Tartu_linnavalitsus, lk 113
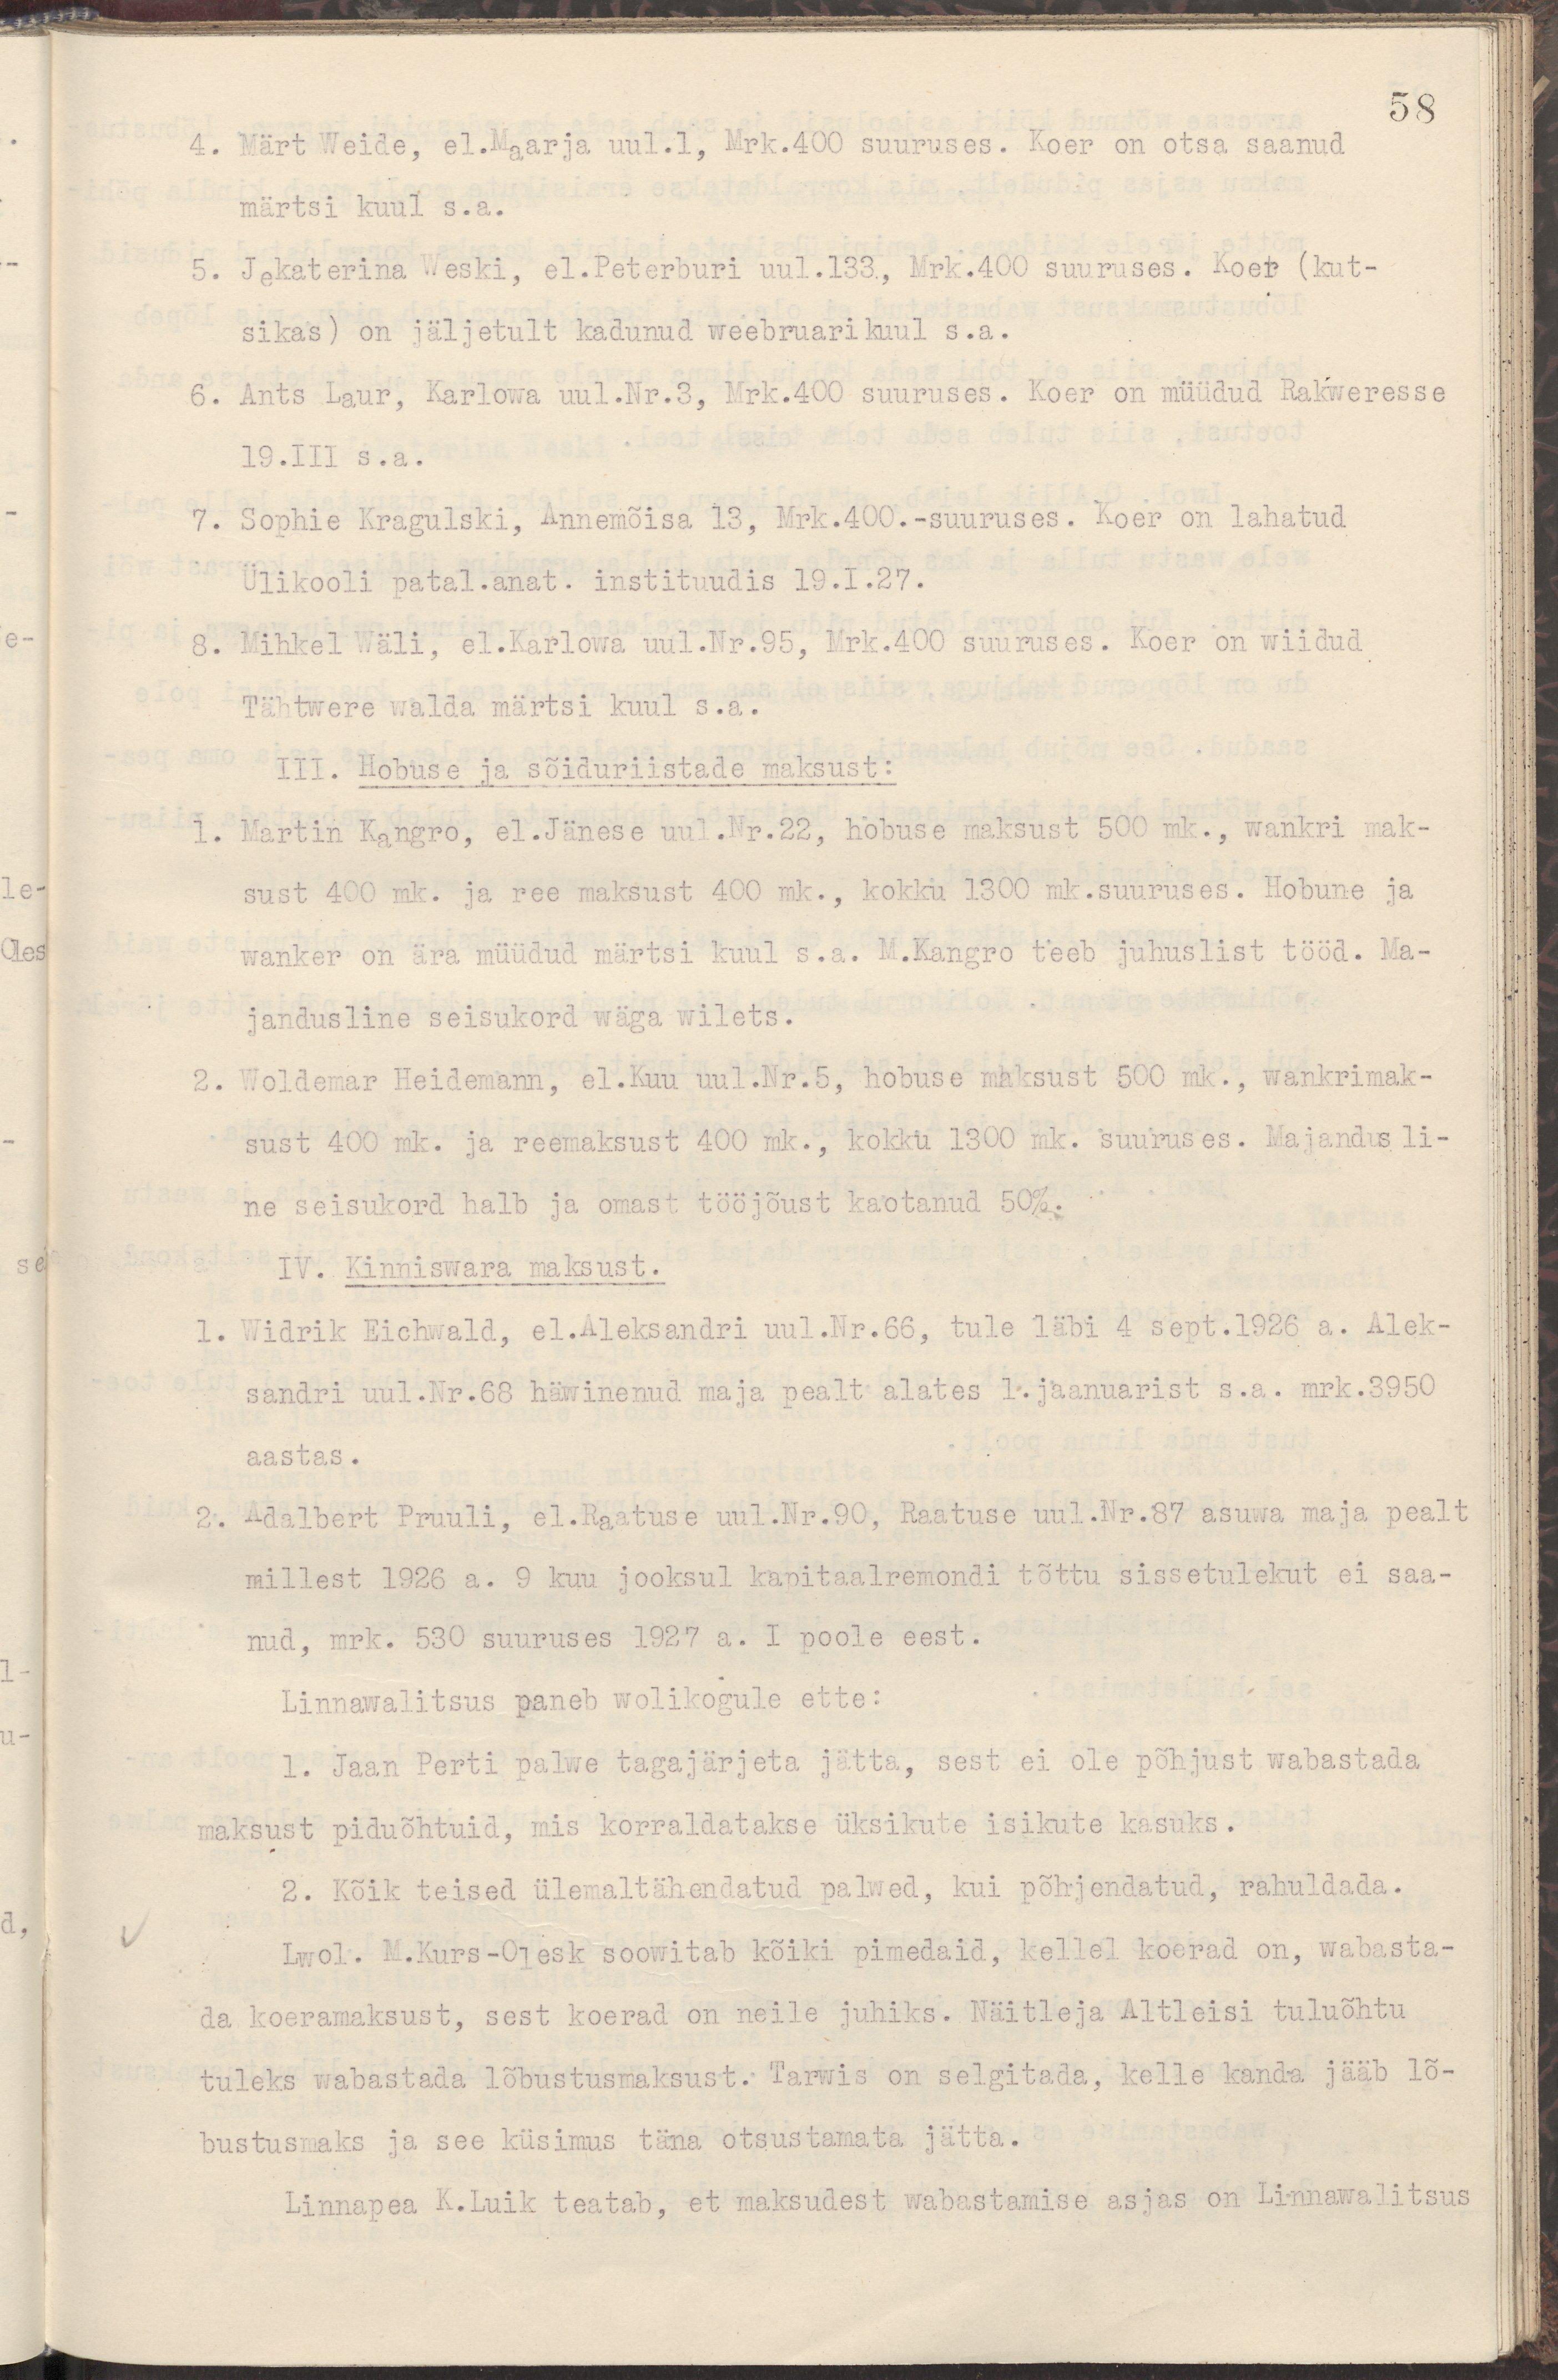
58
4. Märt Weide, el.Maarja uul.1, Mrk.400 suuruses. Koer on otsa saanud
märtsi kuul s.a.
5. Jekaterina Weski, el. Peterburi uul.133, Mrk. 400 suuruses. Koer (kut-
sikas ) on jäljetult kadunud weebruarikuul s.a.
6. Ants Laur, Karlowa uul. Nr. 3, Mrk. 400 suuruses. Koer on müüdud Rakweresse
19.III s.a.
7. Sophie Kragulski, Annemõisa 13, Mrk.400.-suuruses. Koer on lahatud
Ülikooli patal.anat. instiduudis 19.I.27.
8. Mihkel Wäli, el.Karlowa uul. Nr. 95, Mrk. 400 suuruses. Koer on wiidud
Tähtwere walda märtsi kuul s.a.
III. Hobuse ja sõiduriistade maksust:
1. Martin Kangro, el. Jänese uul. Nr. 22, hobuse maksust 500 mk., wankri mak-
sust 400 mk. ja ree maksust 400 mk., kokku 1300 mk.suuruses. Hobune ja
wanker on ära müüdud märtsi kuul s.a. M.Kangro teeb juhulist tööd. Ma-
jandusline seisukord wäga wilets.
2. Woldemar Heidemann, el.Kuu uul.Nr.5, hobuse maksust 500 mk., wankrimak-
sust 400 mk. ja reemaksust 400 mk., kokku 1300 mk. suuruses. Majandusli-
ne seisukord halb ja omast tööjõust kaotanud 50%.
IV. Kinniswara maksust.
1. Widrik Eichwald, el.Aleksandri uul.Nr.66, tule läbi 4 sept.1926 a. Alek-
sandri uul.Nr.68 häwinenud maja pealt alates 1.jaanuarist s.a. mrk.3950
aastas.
2. Adalbert Pruuli, el.Raatuse uul.Nr.90, Raatuse uul.Nr.87 asuwa maja pealt
millest 1926 a. 9 kuu jooksul kapitaalremondi tõttu sissetulekut ei saa-
nud, mrk. 530 suuruses 1927 a. I poole eest.
Linnawalitsus paneb wolikogule ette:
1. Jaan Perti palwe tagajärjeta jätta, sest ei ole põhjust wabastada
maksust piduõhtuid, mis korraldatakse üksikute isikute kasuks.
2. Kõik teised ülemaltähendatud palwed, kui põhjendatud, rahuldada.
Lwol. M. Kurs-Olesk soowitab kõiki pimedaid, kellel koerad on, wabasta-
da koeramaksust, sest koerad on neile juhiks. Näitleja Altleisi tuluõhtu
tuleks wabastada lõbustusmaksust. Tarwis on selgitada, kelle kanda jääb lõ-
bustusmaks ja see küsimus täna otsustamata jätta.
Linnapea K.Luik teatab, et maksudest wabastamise asjas on Linnawalitsus